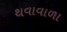
થવાવાળા